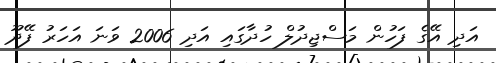
އަދި އޭގެ ފަހުން މަސްޖިދުލް ހުދާގައި އަދި 2006 ވަނަ އަހަރު ފޭދޫ